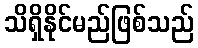
သိရှိနိုင်မည်ဖြစ်သည်